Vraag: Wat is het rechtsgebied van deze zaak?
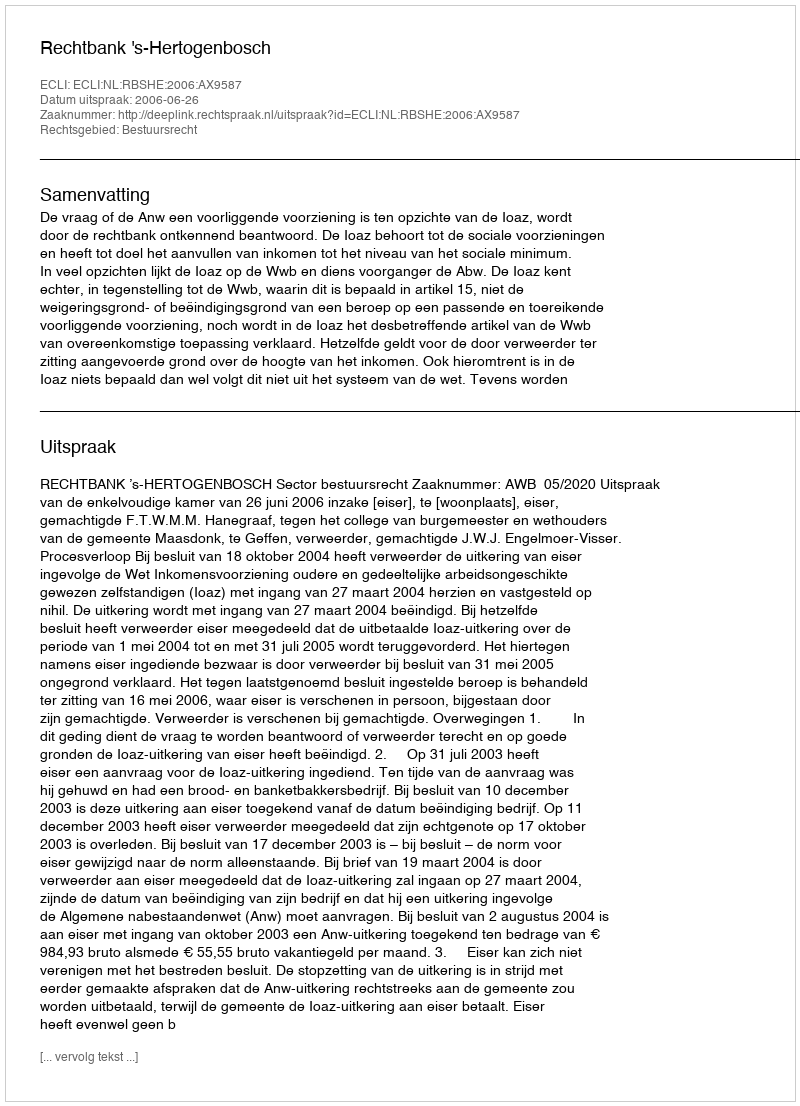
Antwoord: Bestuursrecht